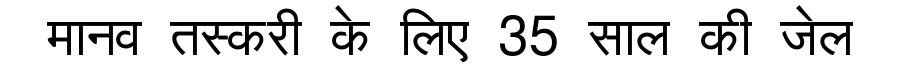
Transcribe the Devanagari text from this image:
मानव तस्करी के लिए 35 साल की जेल